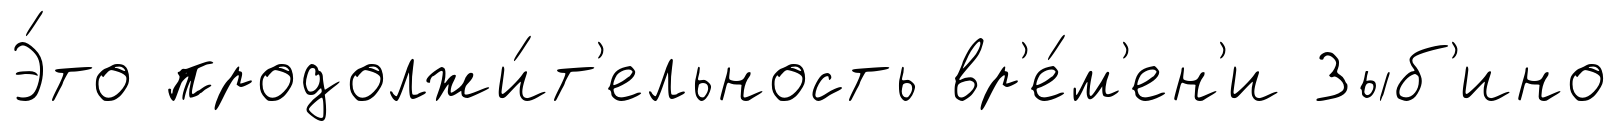
Э́то продолжи́т'ельность вр'е́м'ен'и Зыб'ино